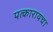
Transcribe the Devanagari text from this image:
पत्कारायचा